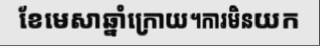
ខែមេសាឆ្នាំក្រោយ។ការមិនយក